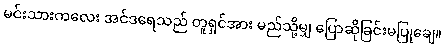
မင်းသားကလေး အင်ဒရေသည် တူရှင်အား မည်သို့မျှ ပြောဆိုခြင်းမပြုချေ။